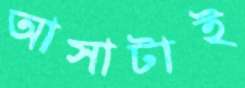
আসাটাই